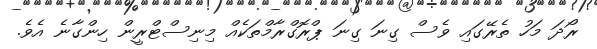
ރޯދަ މަހު ތެރޭގައި ވެސް ގިނަ ގިނަ ޕްރޮގްރާމްތަކެއް މިނިސްޓްރީން ހިންގާނެ އެވެ.